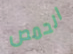
الحمص